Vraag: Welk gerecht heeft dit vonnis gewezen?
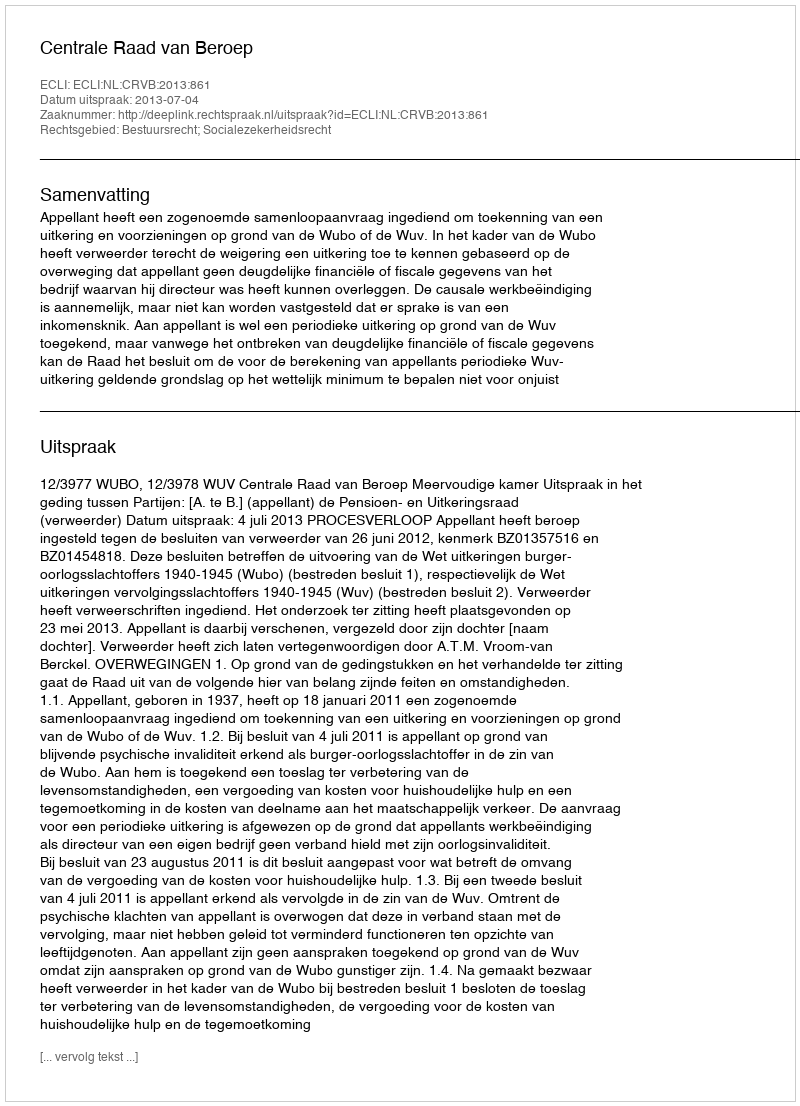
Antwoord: Centrale Raad van Beroep